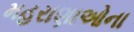
મહરાણાઓના